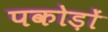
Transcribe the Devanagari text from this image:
पकोड़ों